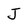
Character: J